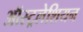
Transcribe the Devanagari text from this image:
ऑस्ट्रलेशियन